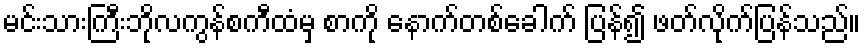
မင်းသားကြီးဘိုလကွန်စကီထံမှ စာကို နောက်တစ်ခေါက် ပြန်၍ ဖတ်လိုက်ပြန်သည်။